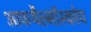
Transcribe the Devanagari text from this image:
आफथैल्मॉस्कोप